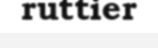
ruttier